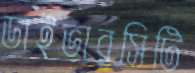
ডাইভারসিটি